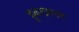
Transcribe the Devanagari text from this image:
हुवरक्रफ़्ट